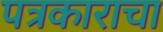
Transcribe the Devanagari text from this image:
पत्रकाराचा